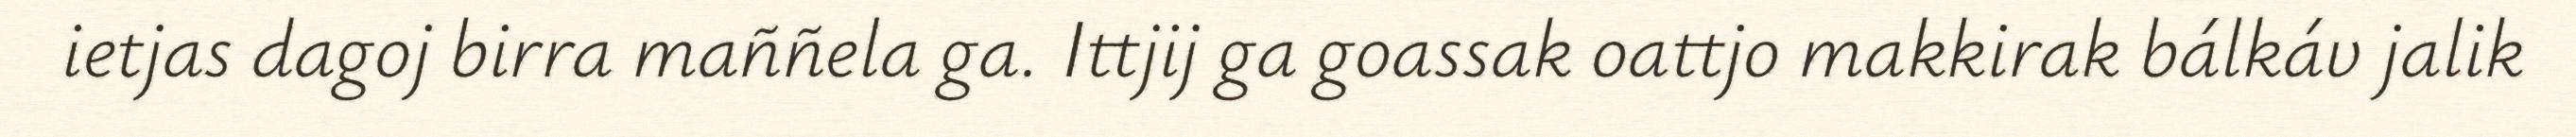
ietjas dagoj birra maññela ga. Ittjij ga goassak oattjo makkirak bálkáv jalik